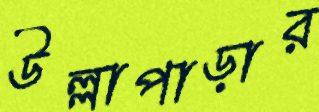
উল্লাপাড়ার